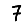
Digit: 7